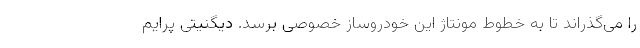
را می‌گذراند تا به خطوط مونتاژ این خودروساز خصوصی برسد. دیگنیتی پرایم